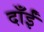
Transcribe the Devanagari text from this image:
दाँईं